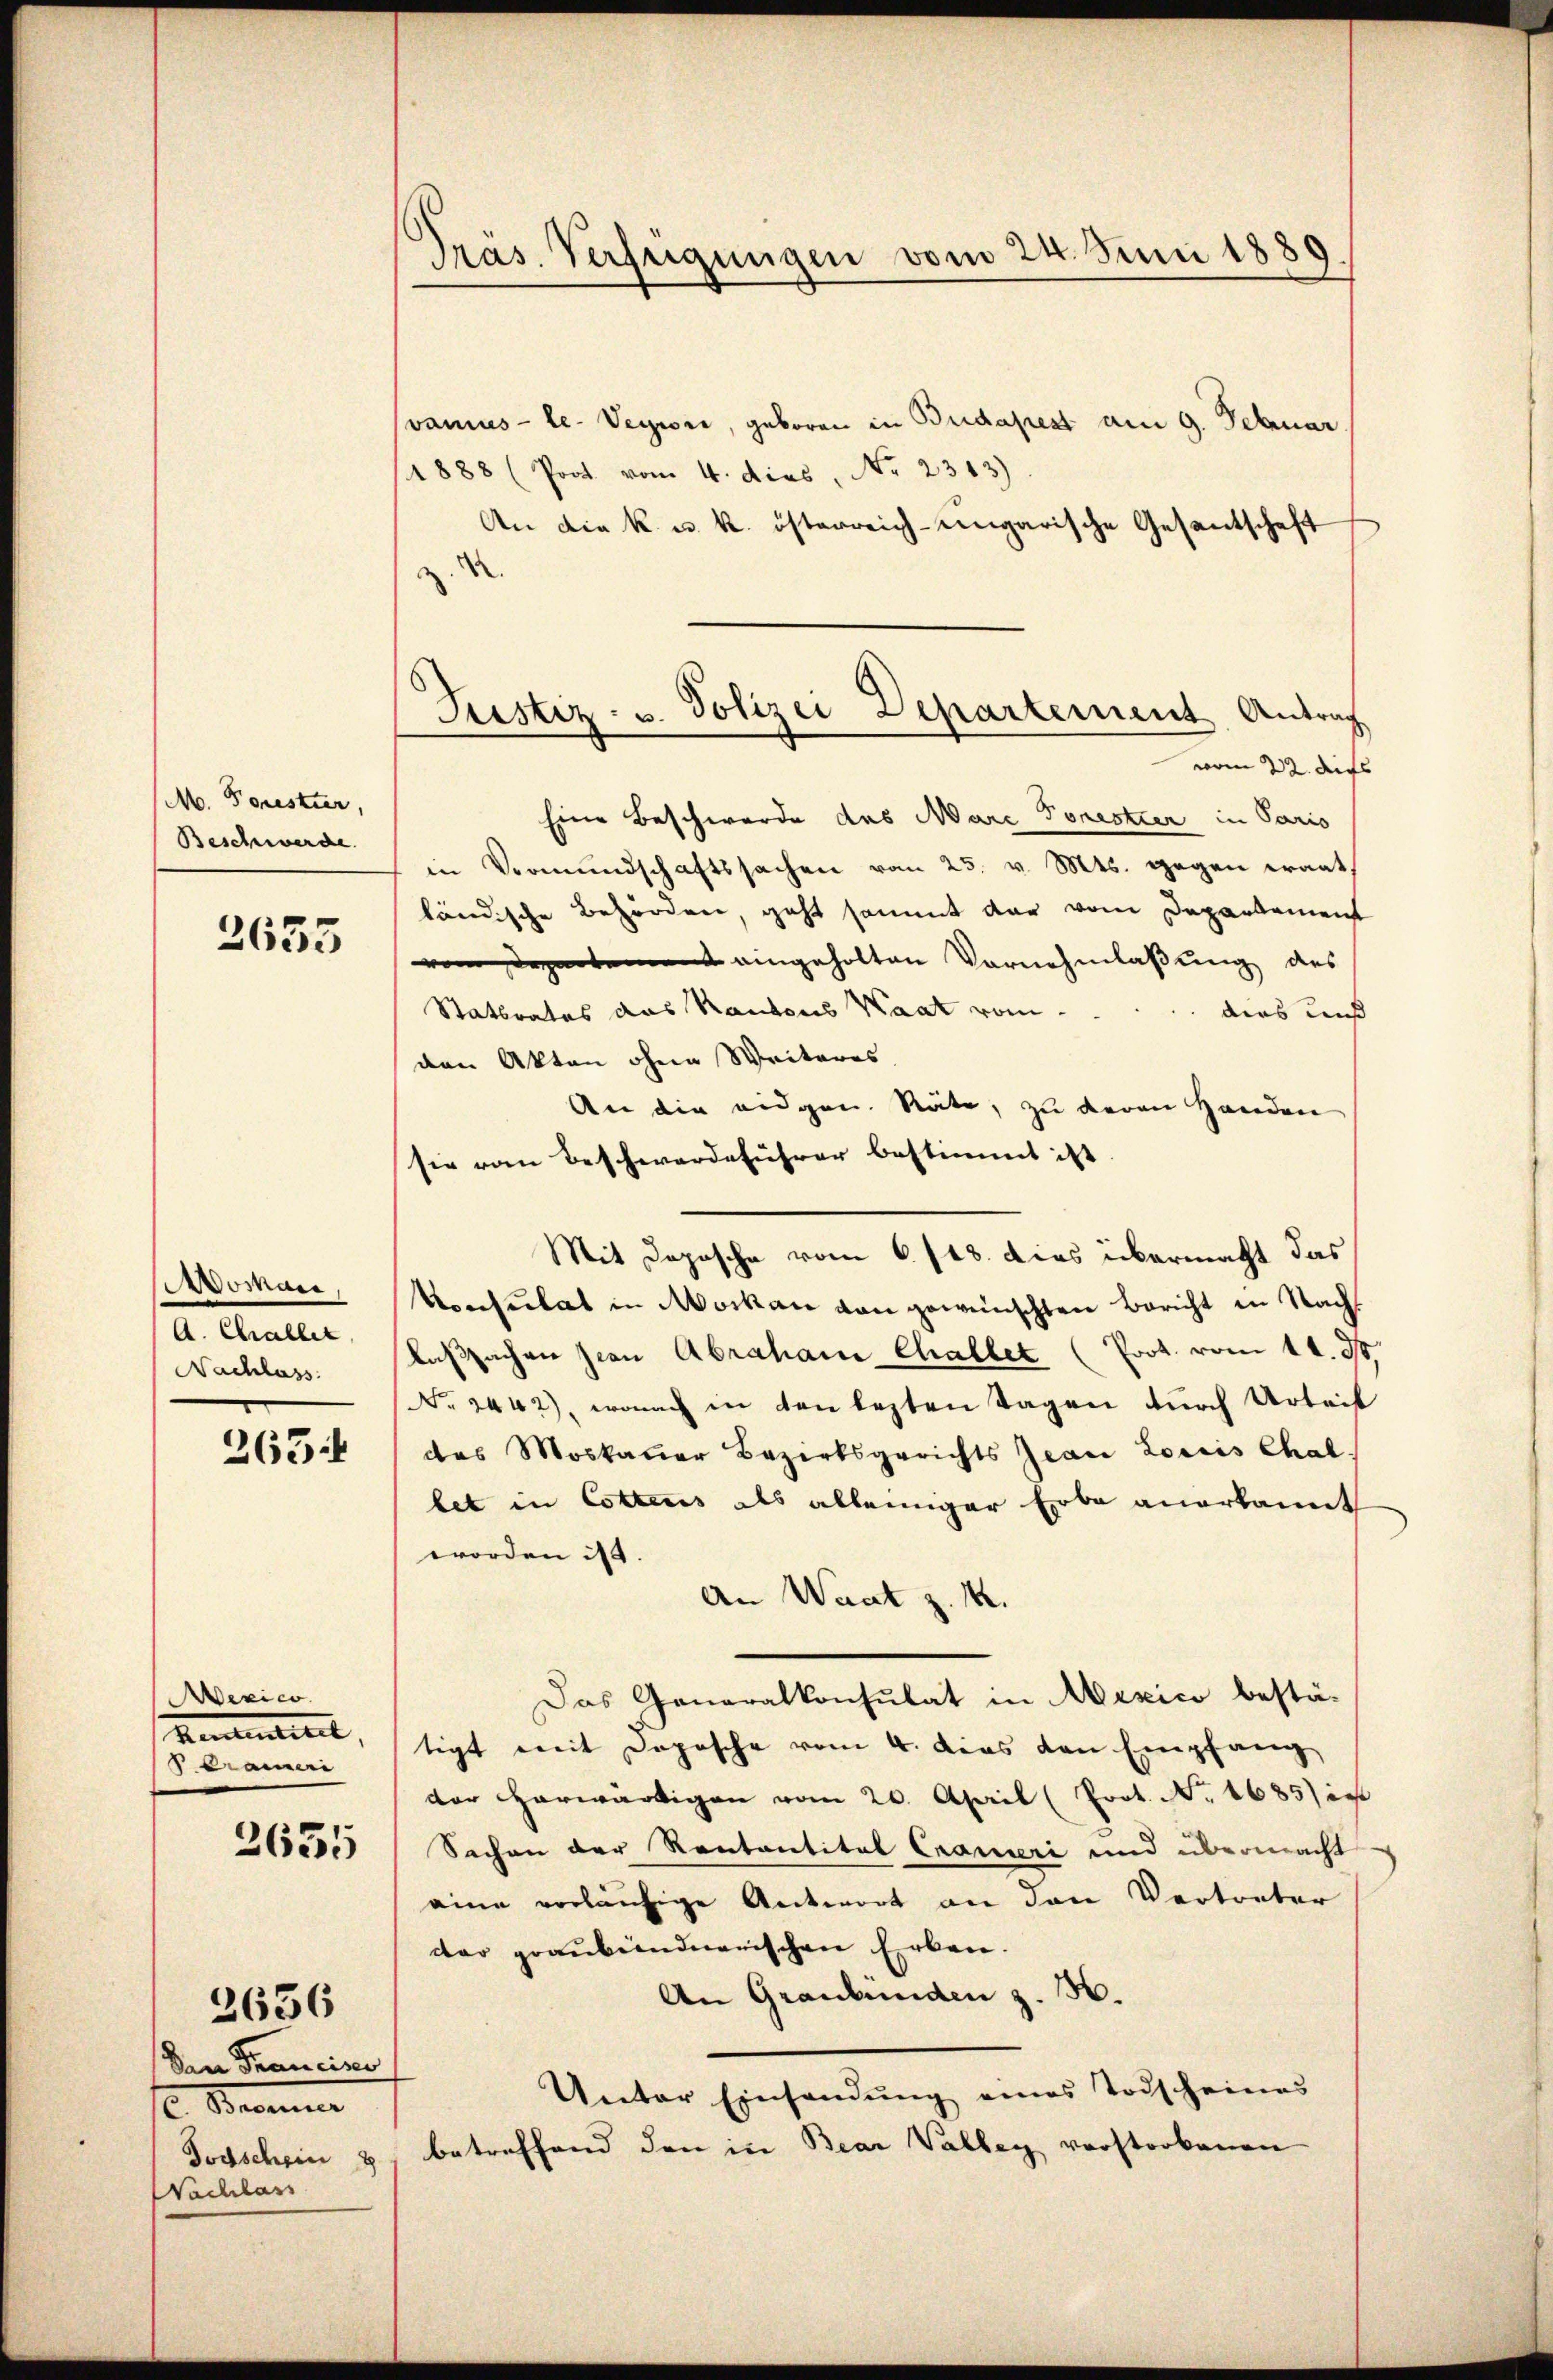
M. Forestier,
Beschwerde.

2635

Womani,
A. Challer,
Nachlass

263

exico.
Retentiret,
 Crameri

2635

Den Tranciser
2. Seiterner
Todschein
Nachlass

2656

Pras. Verfügungen vom 24. Juni 1889

vamus - le- Veyiore, geboren in Budapest am 9. Februar
1888 (Poot vom 4. dies, Nr. 2313).
An die k. u. k. österreich-ungarische Gesantschaft
Eine Beschwerde das Marc Porestier in Paris
in Vormundschaftssachen vom 25. v. Mts. gegen wart
ländische Behörden, geht sammt dar vom Departement
vom Departement eingeholten Vornehmlassung des
Statbrates das Kantons Waat vom
dies uns
den Akten ohne Weiteres.
An die eidgen. Räte, zu deren Handen
sie vom Beschwerdeführer bestimmt ist.
Mit Deposche vom 6./18. Das übermacht das
Konsulat in Moskau von gewünschten Bericht in Nachs
laßsachen Jean Abraham Challet (Prot. vom 11. d.
No. 2442), wonach in den lezten Tagen durch Urteit
des Moskauer Bezirksgerichts Jean Loris Chal
bet in Cottens als alleiniger Erbe anerkannt
worden ist.
An Waat z. B.
Das Generalkonsulat in Mexico bestä-
tigt mit Dopische vom 4. dies den Empfang
der herwärtigen vom 20. April (Prot. No. 1685) ist
Sachen der Kontantital Crameri und übermacht
eine vorläufige Antwort an den Vertreter
der graubündnerischen Erben.
An Graubünden z. 36
Unter Einsandŭng eines Todscheines
betreffend den in Bear Valley verstorbenen

Justiz- u. Polizei Departement Antrag
vom 22. des